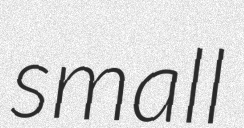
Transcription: small